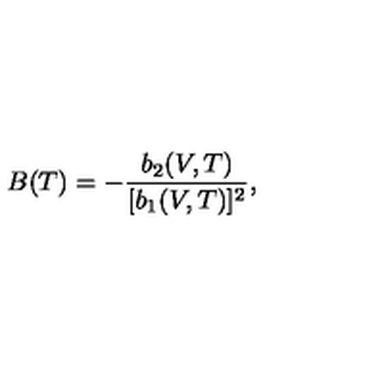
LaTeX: B ( T ) = - { \frac { b _ { 2 } ( V , T ) } { [ b _ { 1 } ( V , T ) ] ^ { 2 } } } ,